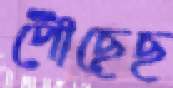
পৌঁছেছ